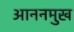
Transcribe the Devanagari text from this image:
आननमुख